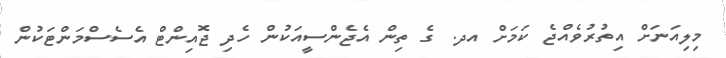
މިލިއަނަށް އިތުރުވެއްޖެ ކަމަށް އދ. ގެ ތިން އެޖެންސީއަކުން ހެދި ޖޮއިންޓް އެސެސްމަންޓަކުން